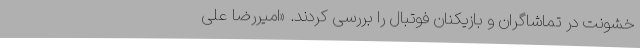
خشونت در تماشاگران و بازیکنان فوتبال را بررسی کردند. «امیررضا علی